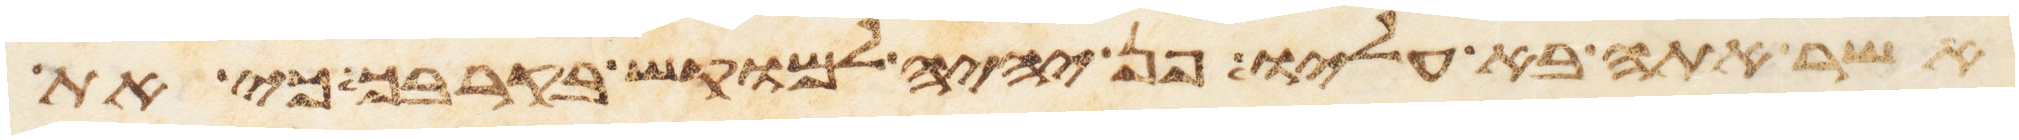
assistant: אשר אתה בא עליו פן יהיה למוקש בקרבך כי את